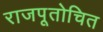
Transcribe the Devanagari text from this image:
राजपूतोचित